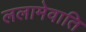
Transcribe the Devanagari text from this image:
ललामेवाति